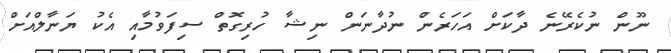
ނޫން ނުކެރޭނެ ދާކަށް އަހަރެން ނުދާނަން ނިޝާ ހުރިގޮތް ސިފަވުމާއި އެކު ޔަނާލްއަށް